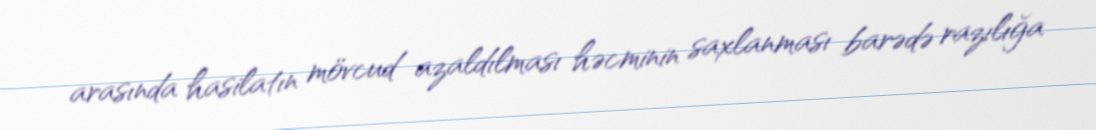
arasında hasilatın mövcud azaldılması həcminin saxlanması barədə razılığa